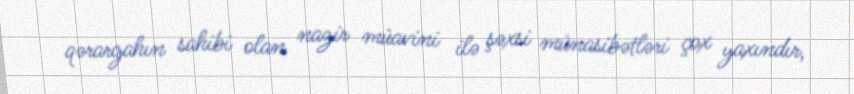
qərargahın sahibi olan nazir müavini ilə şəxsi münasibətləri çox yaxındır,